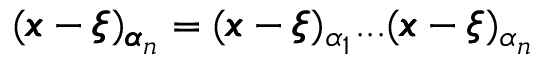
( { \pmb x } - { \pmb \xi } ) _ { { \pmb \alpha } _ { n } } = ( { \pmb x } - { \pmb \xi } ) _ { \alpha _ { 1 } } . . . ( { \pmb x } - { \pmb \xi } ) _ { \alpha _ { n } }